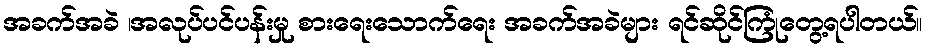
အခက်အခဲ ၊အလုပ်ပင်ပန်းမှု စားရေးသောက်ရေး အခက်အခဲများ ရင်ဆိုင်ကြုံတွေ့ရပါတယ်။